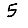
Digit: 5